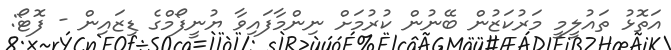
އަތޮޅު ތައުލީމީ މަރުކަޒުން ބޭނުން ކުރުމަށް ނިންމާފައިވާ ޔުނީފޯމްގެ ޑިޒައިން - ފޮޓޯ: